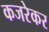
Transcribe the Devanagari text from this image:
कजरेकर